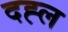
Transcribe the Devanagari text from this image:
दह्ल